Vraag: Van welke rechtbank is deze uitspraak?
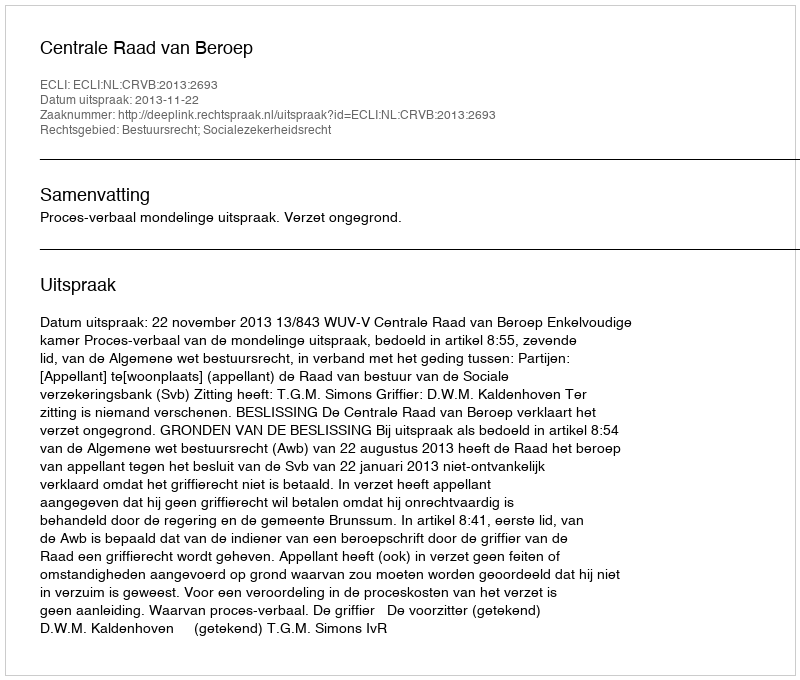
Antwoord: Centrale Raad van Beroep